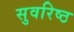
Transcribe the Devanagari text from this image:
सुवरिष्ठ